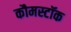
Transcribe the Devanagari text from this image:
कौमस्टॉक